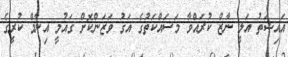
އައިޝަތު އަލީ ނާޒް ކުރައްވާ މަސައްކަތުގެ އަގު ވަޒަންކޮށް ގައުމީ އިނާމް ކުރީގެ